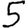
Digit: 5